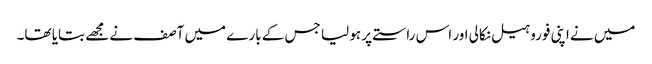
میں نے اپنی فوروہیل نکالی اور اس راستے پر ہو لیا جس کے بارے میں آصف نے مجھے بتایا تھا۔